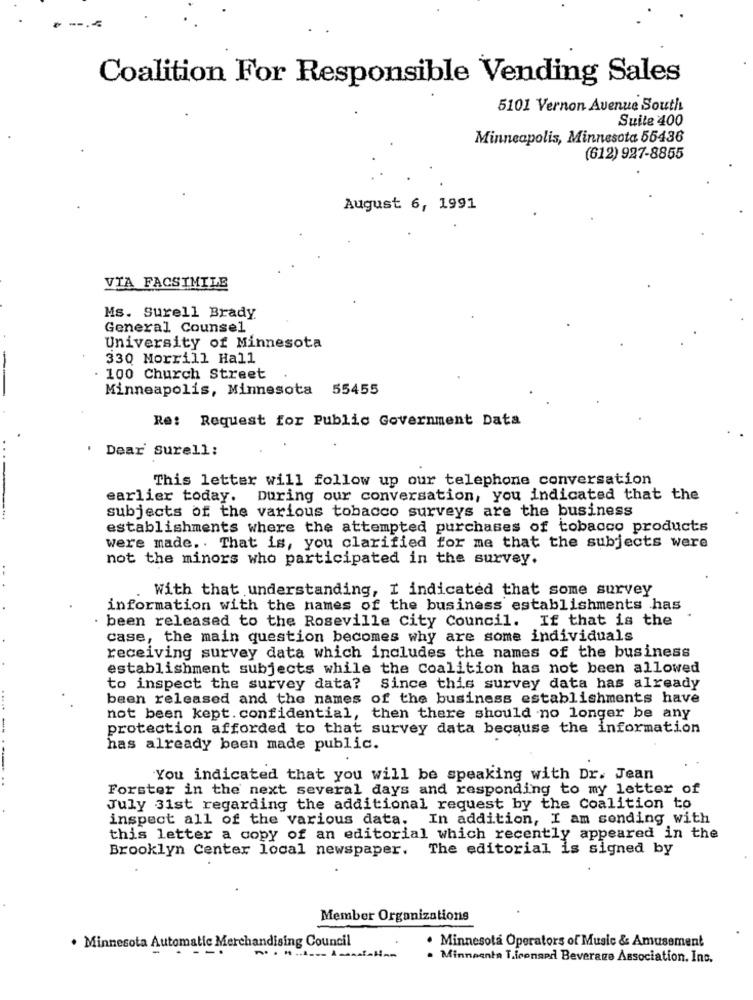
Coalition For Responsible Vending Sales
5101 Vernon Avenue South
Suite 400
Minneapolis, Minnesota 55436
(612) 927-8855
August 6, 1991
VIA FACSIMILE
Ms. Surell Brady
General Counsel
University of Minnesota
330 Morrill Hall
. 100 Church Street
Minneapolis, Minnesota 55455
Re: Request for Public Government Data
' Dear Surell;
This letter will follow up our telephone conversation
earlier today. During our conversation, you indicated that the
subjects of the various tobacco surveys are the business
establishments where the attempted purchases of tobacco products
were made. . That is, you clarified for me that the subjects were
not the minors who participated in the survey.
With that understanding, I indicated that some survey
information with the names of the business establishments has
been released to the Roseville City Council. If that is the
case, the main question becomes why are some individuals
receiving survey data which includes the names of the business
establishment subjects while the Coalition has not been allowed
to inspect the survey data?
Since this survey data has already
been released and the names of the business establishments have
not been kept. confidential, then there should no longer be any
protection afforded to that survey data because the information
has already been made public.
You indicated that you will be speaking with Dr. Jean
Forster in the next several days and responding to my letter of
July 31st regarding the additional request by the Coalition to
inspect all of the various data, In addition, I am sending with
this letter a copy of an editorial which recently appeared in the
Brooklyn Center local newspaper. The editorial is signed by
Member Organizations
. Minnesota Automatic Merchandising Council
. Minnesota Operators of Music & Amusement
. Minnpenta T.iconand Beverage Association. Inc.